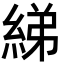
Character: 綈